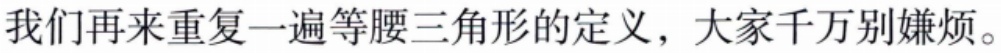
我们再来重复一遍等腰三角形的定义，大家千万别嫌烦。